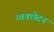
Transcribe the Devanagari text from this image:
त्वक्छेदन